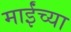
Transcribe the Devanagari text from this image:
माईंच्या